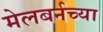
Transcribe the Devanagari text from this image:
मेलबर्नच्या